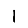
Digit: 1